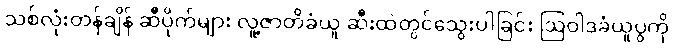
သစ်လုံးတန်ချိန် ဆီပိုက်များ လူ့ဇာတိခံယူ ဆီးထဲတွင်သွေးပါခြင်း ဩဝါဒခံယူပွဲကို